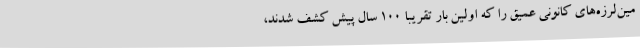
مین‌لرزه‌های کانونی عمیق را که اولین بار تقریباً ۱۰۰ سال پیش کشف شدند،